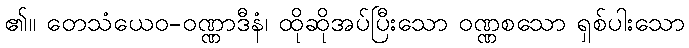
၏။ တေသံယေဝ-ဝဏ္ဏာဒီနံ၊ ထိုဆိုအပ်ပြီးသော ဝဏ္ဏစသော ရှစ်ပါးသော